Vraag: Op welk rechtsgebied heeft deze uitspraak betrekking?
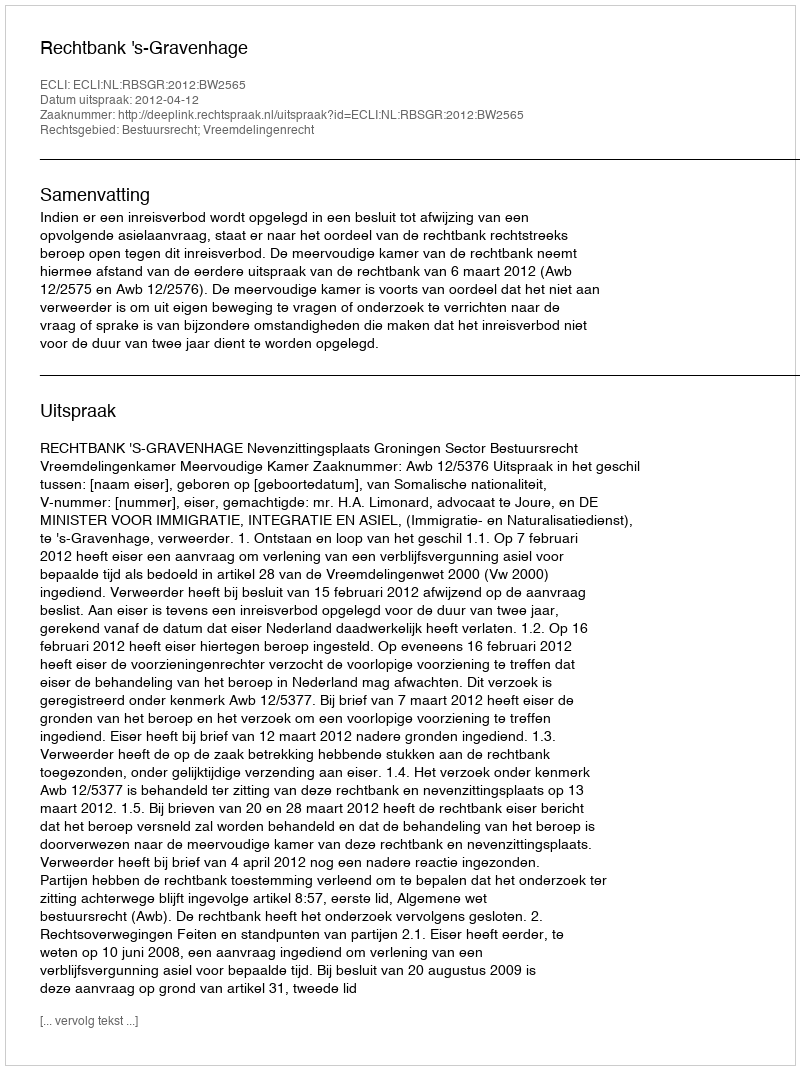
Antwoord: Bestuursrecht; Vreemdelingenrecht